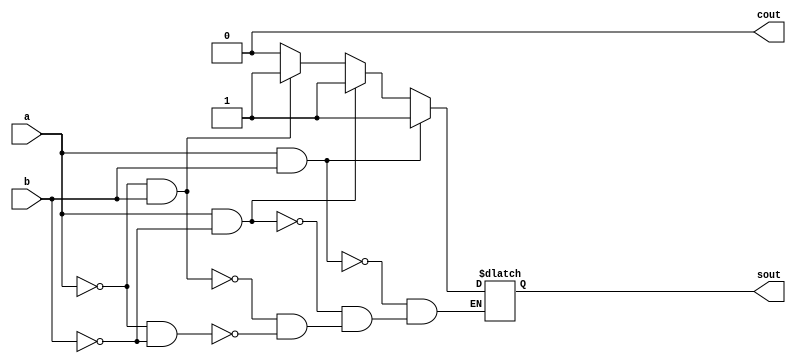
`timescale 1ns / 1ps



module halfadder_b1(
    input a,b ,
    output reg sout,cout
    );
    
    always @(a or b)
    begin
        if(a == 0 & b == 0)
        sout = 0 ; cout = 0;
        if(a == 0 & b == 1)
        sout = 1 ; cout = 0;
        if(a == 1 & b == 0)
        sout = 1 ; cout = 0;
        if(a == 1 & b == 1)
        sout = 1 ; cout = 0;
     end
        
endmodule